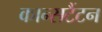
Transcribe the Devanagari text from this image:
कान्सटैंटन